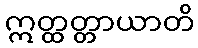
ဣတ္ထတ္တာယာတိ